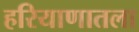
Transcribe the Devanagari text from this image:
हरियाणातला